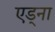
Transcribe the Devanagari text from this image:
एड्ना